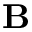
{ \bf B }